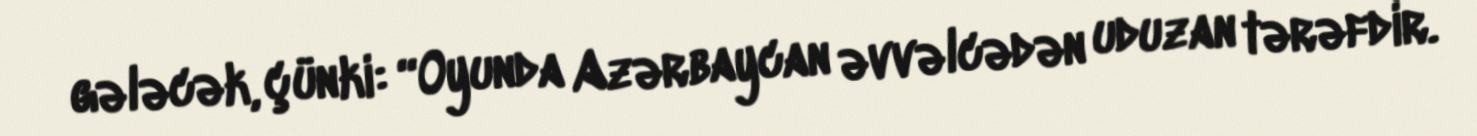
gələcək, çünki: “Oyunda Azərbaycan əvvəlcədən uduzan tərəfdir.